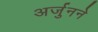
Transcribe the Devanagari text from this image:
अर्जुनने